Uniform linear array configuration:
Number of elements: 32
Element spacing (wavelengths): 0.25
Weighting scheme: blackman
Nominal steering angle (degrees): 30
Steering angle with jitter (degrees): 29.149
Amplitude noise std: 0.05
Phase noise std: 0.05

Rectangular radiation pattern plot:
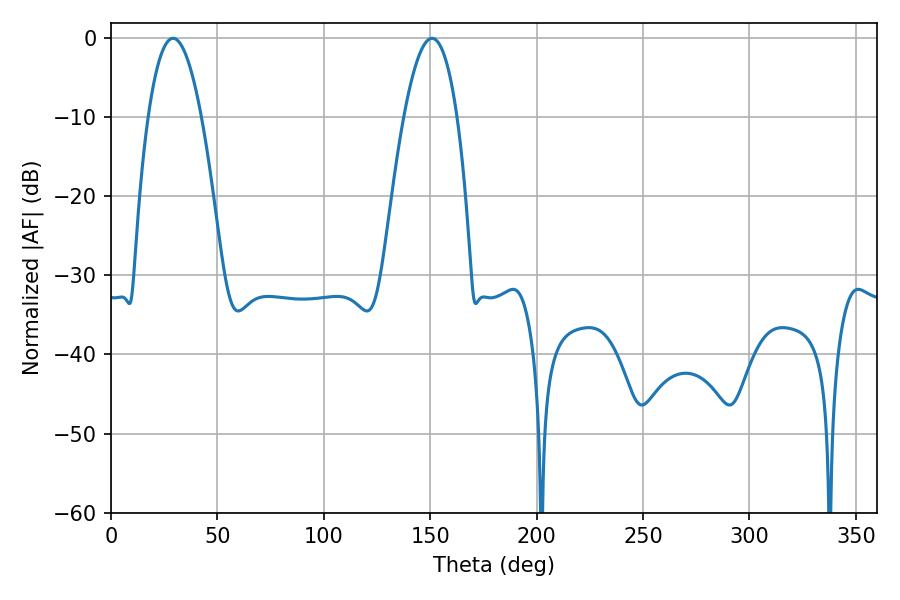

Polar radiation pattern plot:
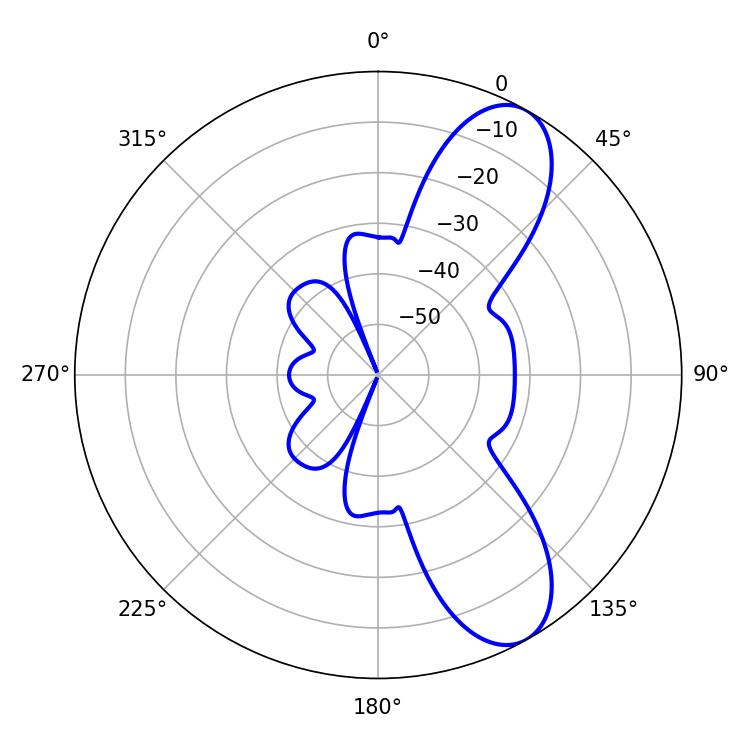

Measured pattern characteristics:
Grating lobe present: FALSE
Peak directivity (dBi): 8.962
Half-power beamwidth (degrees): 13.86
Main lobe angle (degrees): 29.16